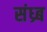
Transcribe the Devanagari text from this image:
संध्र्ब